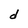
Character: d